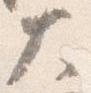
大